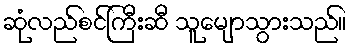
ဆုံလည်စင်ကြီးဆီ သူမျောသွားသည်။